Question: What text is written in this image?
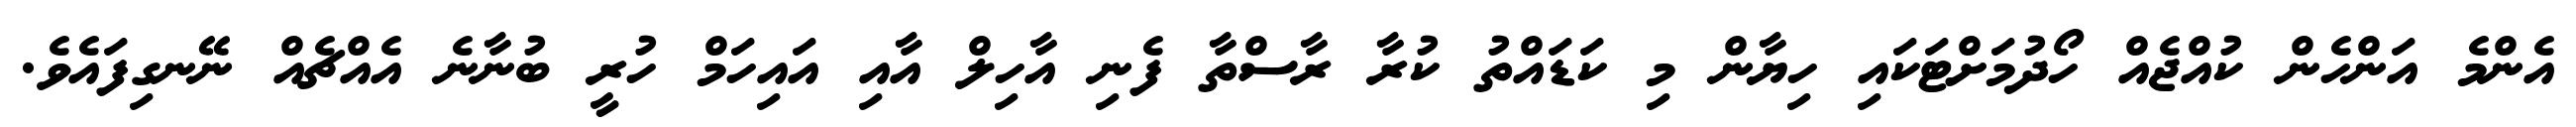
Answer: އެންމެ އަންހެން ކުއްޖެއް ހޯދުމަށްޓަކައި ހިޔާން މި ކަޑައްތު ކުރާ ރާސްތާ ފެނި އާހިލް އާއި އައިހަމް ހުރީ ބުނާނެ އެއްޗެއް ނޭނގިފައެވެ.